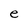
Character: e